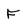
Character: F